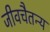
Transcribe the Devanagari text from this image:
जीवचैतन्य